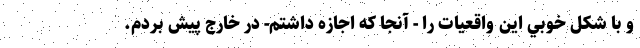
و با شكل خوبي اين واقعيات را - آنجا كه اجازه داشتم- در خارج پيش بردم.